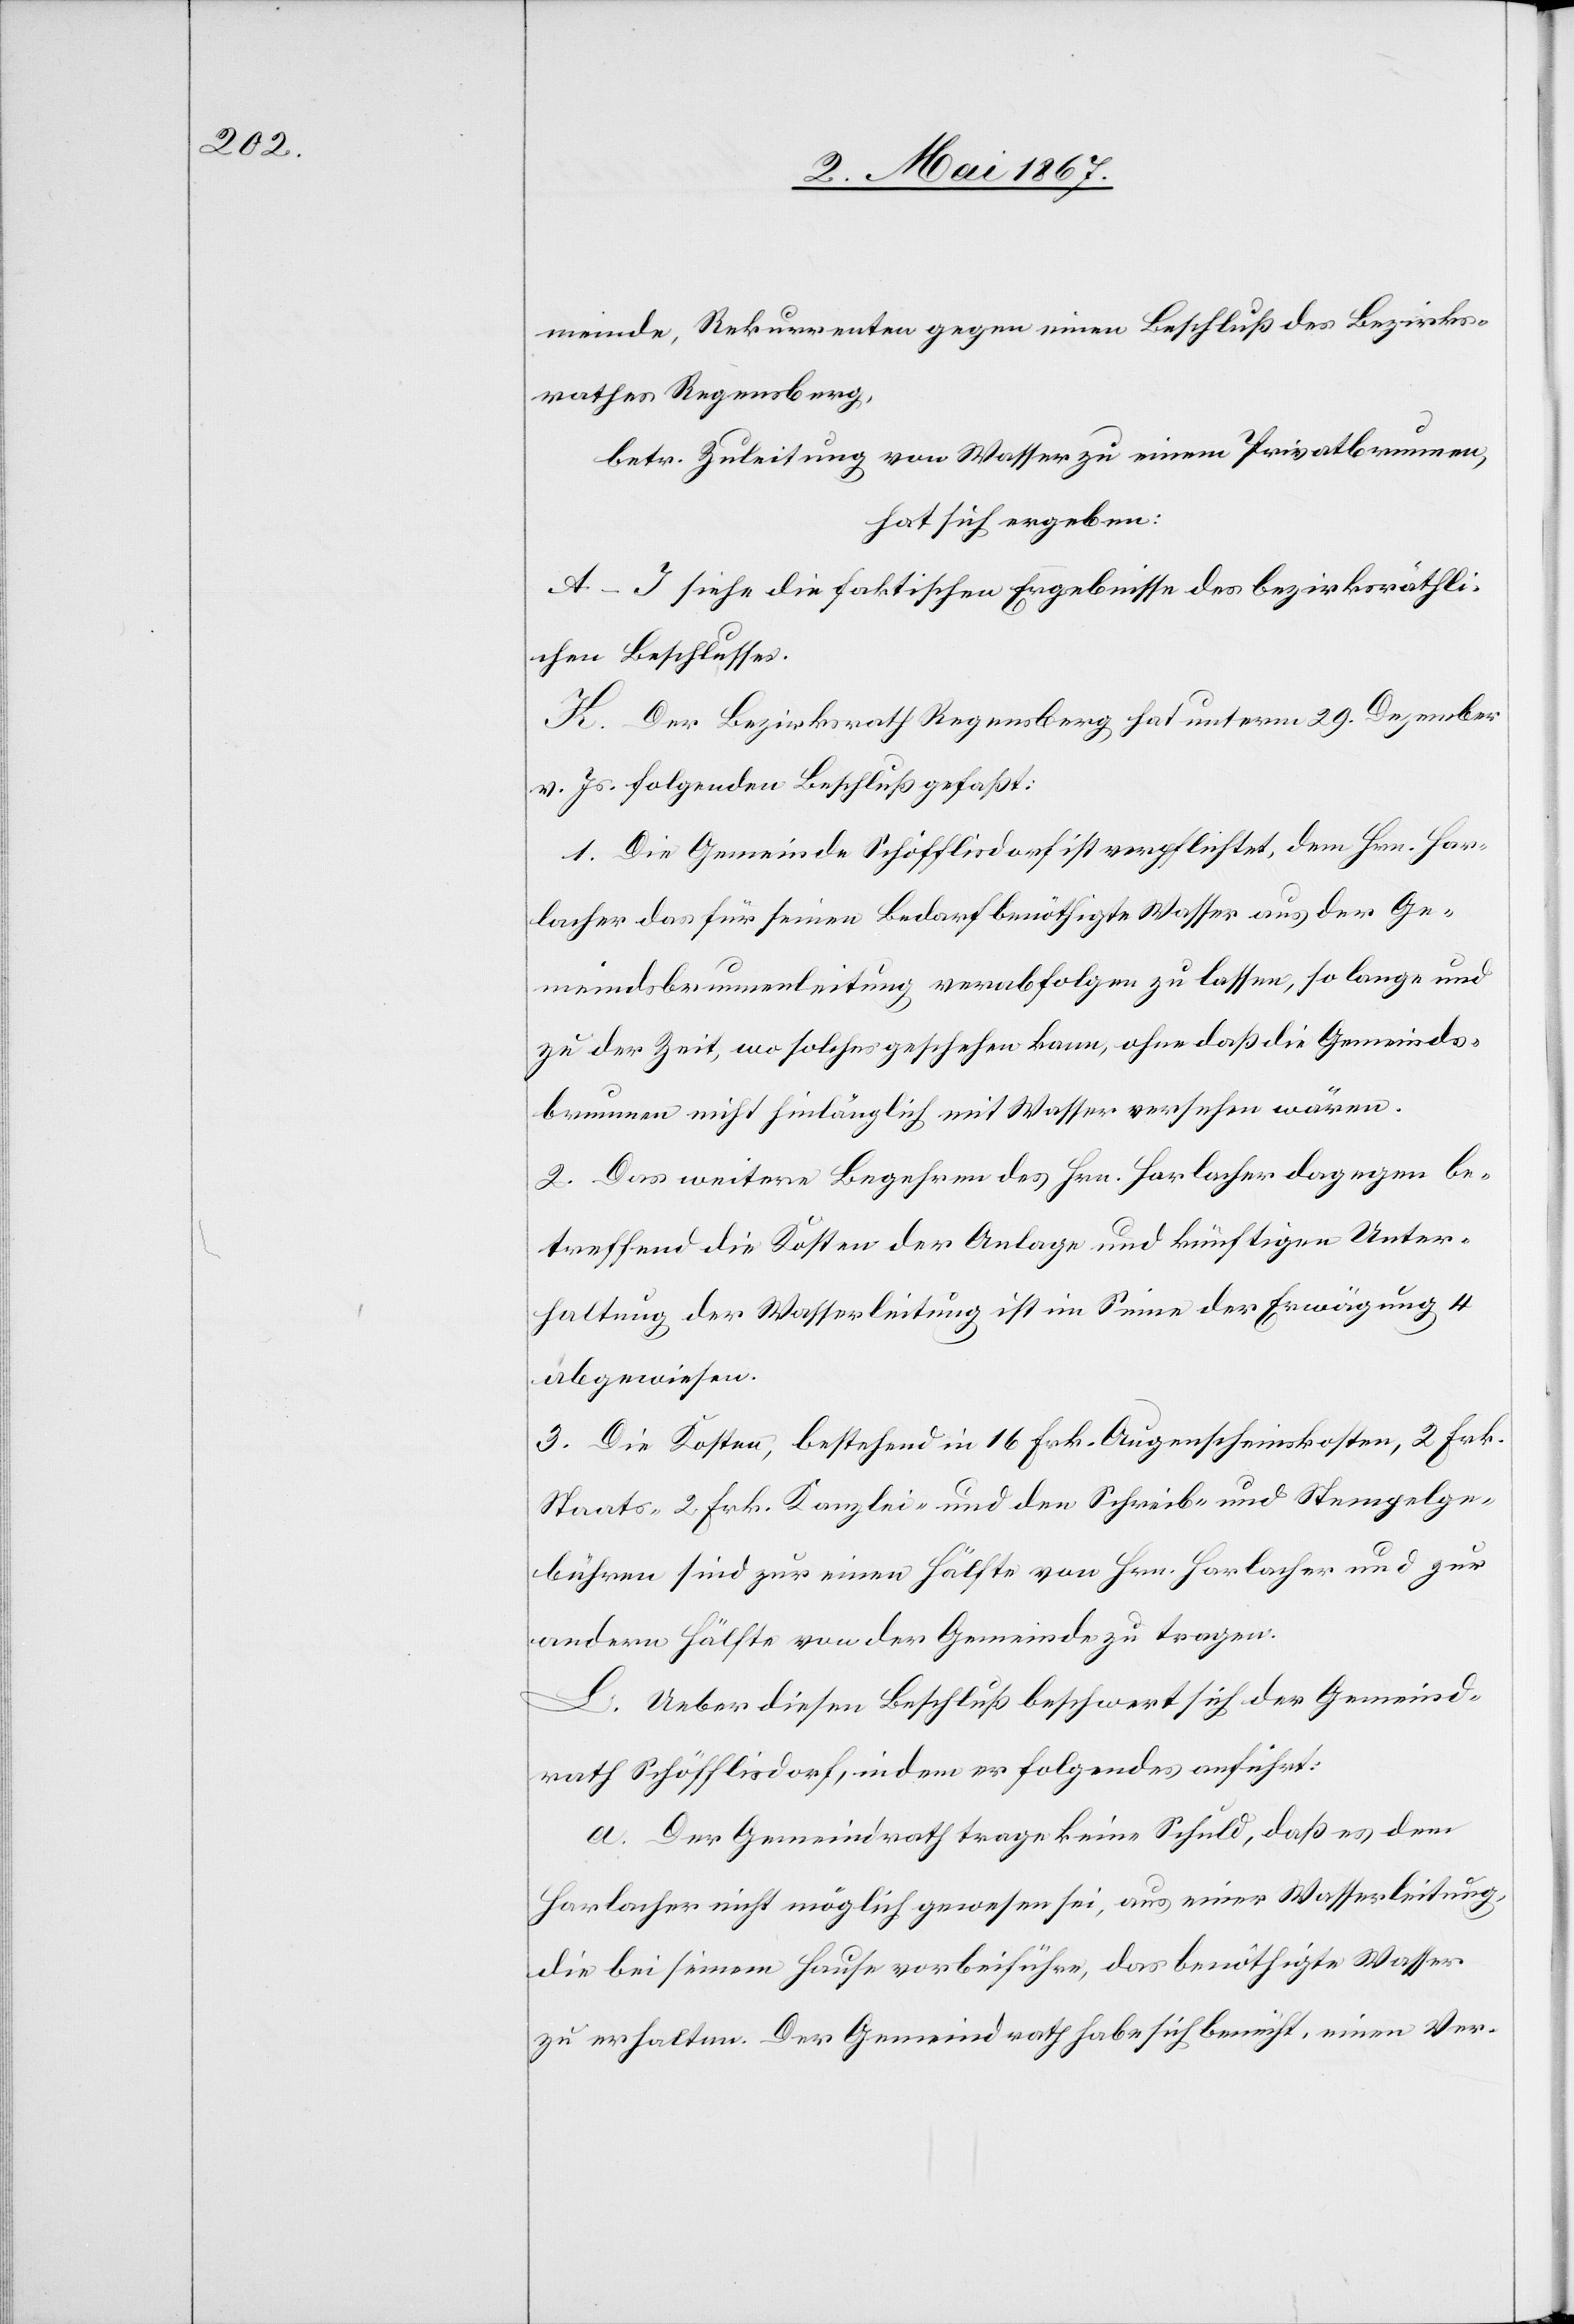
meinde, Rekurrenten gegen einen Beschluß des Bezirks¬
rathes Regensberg,
betr. Zuleitung von Wasser zu einem Privatbrunnen,
hat sich ergeben:
A–I siehe die faktischen Ergebnisse des bezirksräthli¬
chen Beschlusses.
K. Der Bezirksrath Regensberg hat unterm 29. Dezember
v. Js. folgenden Beschluß gefaßt:
1. Die Gemeinde Schöfflisdorf ist verpflichtet, dem Hrn. Hor¬
lacher das für seinen Bedarf benöthigte Wasser aus der Ge¬
meindsbrunnenleitung verabfolgen zu lassen, so lange und
zu der Zeit, wo solches geschehen kann, ohne daß die Gemeinds¬
brunnen nicht hinlänglich mit Wasser versehen wären.
2. Das weitere Begehren des Hrn. Horlacher dagegen be¬
treffend die Kosten der Anlage und künftigen Unter¬
haltung der Wasserleitung ist im Sinne der Erwägung 4
abgewiesen.
3. Die Kosten, bestehend in 16 Frk. Augenscheinskosten, 2 Frk.
Staats-[,] 2 Frk. Kanzlei- und den Schreib- und Stempelge¬
bühren sind zur einen Hälfte von Hrn. Horlacher und zur
anderen Hälfte von der Gemeinde zu tragen.
L. Ueber diesen Beschluß beschwert sich der Gemeind¬
rath Schöfflisdorf, indem er folgendes anführt:
a. Der Gemeindrath trage keine Schuld, daß es dem
Horlacher nicht möglich gewesen sei, aus einer Wasserleitung
die bei seinem Hause vorbeiführe, das benöthigte Wasser
zu erhalten. Der Gemeindrath habe sich bemüht, einen Ver-